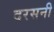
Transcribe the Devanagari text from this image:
दरसनी